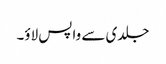
جلدی سے واپس لاؤ۔